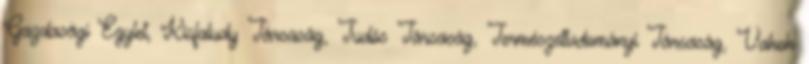
Gazdasági Egylet, Kisfaludy Társaság, Tudós Társaság, Természettudományi Társaság, Vakok